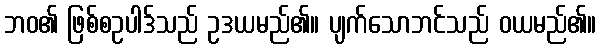
ဘဝ၏ ဖြစ်စဥပါဒ်သည် ဥဒယမည်၏။ ပျက်သောဘင်သည် ဝယမည်၏။